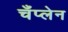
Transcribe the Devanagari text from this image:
चँप्लेन